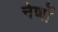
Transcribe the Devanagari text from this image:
नेणों